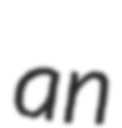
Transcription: an